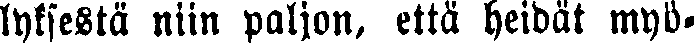
lyksestä niin paljon, että heidät myö-